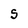
Character: S